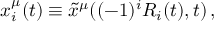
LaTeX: x _ { i } ^ { \mu } ( t ) \equiv \tilde { x } ^ { \mu } ( ( - 1 ) ^ { i } R _ { i } ( t ) , t ) \, ,